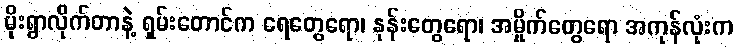
မိုးရွာလိုက်တာနဲ့ ရှမ်းတောင်က ရေတွေရော၊ နုန်းတွေရော၊ အမှိုက်တွေရော အကုန်လုံးက